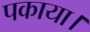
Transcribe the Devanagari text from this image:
पकाया।